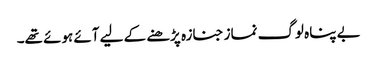
بے پناہ لوگ نماز جنازہ پڑھنے کے لیے آئے ہوئے تھے۔